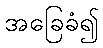
အခြေခံ၍